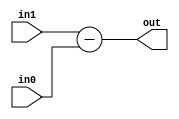
`timescale 1ns / 1ps
//////////////////////////////////////////////////////////////////////////////////
// Company: 
// Engineer: 
// 
// Design Name: 
// Module Name: subs
// Project Name: 
// Target Devices: 
// Tool Versions: 
// Description: 
// 
// Dependencies: 
// 
// Revision:
// Revision 0.01 - File Created
// Additional Comments:
// 
//////////////////////////////////////////////////////////////////////////////////


module subs(output[10:0] out,
            input [10:0] in0,in1 );
            
     assign out=in1-in0;        
endmodule